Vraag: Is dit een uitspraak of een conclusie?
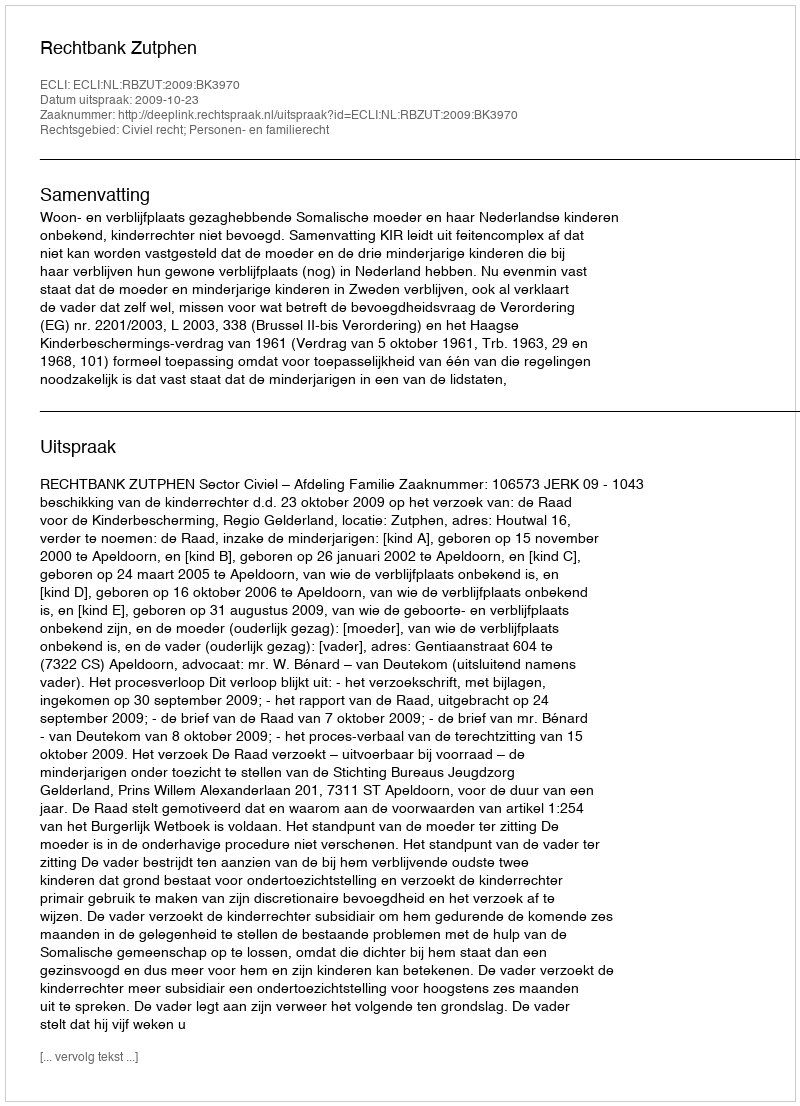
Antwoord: Uitspraak